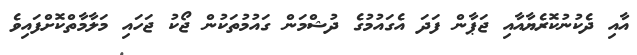
އާއި ދެކުނުކޮރެޔާއާއި ޖަޕާން ފަދަ އެގައުމުގެ ދުޝްމަން ގައުމުތަކުން ޖޯކު ޖަހައި މަލާމާތްކޮށްފައިވެ